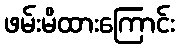
ဖမ်းမိထားကြောင်း